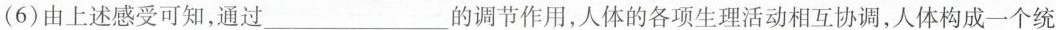
(6)由上述感受可知，通过___的调节作用，人体的各项生理活动相互协调，人体构成一个统